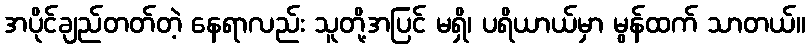
အပိုင်ချည်တတ်တဲ့ နေရာလည်း သူတို့အပြင် မရှိ၊ ပရိယာယ်မှာ မွန်ထက် သာတယ်။